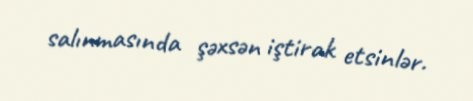
salınmasında şəxsən iştirak etsinlər.